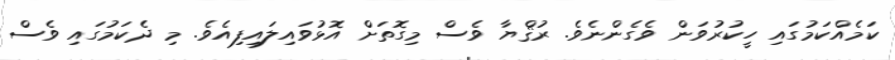
ކަމެއްކަމުގައި ހީކުރުވަން ވެގެންނެވެ. ރުޤްޔާ ވެސް މިގޮތަށް އޮޅުވައިލައިފިއެވެ. މި ދެކަމުގައި ވެސް